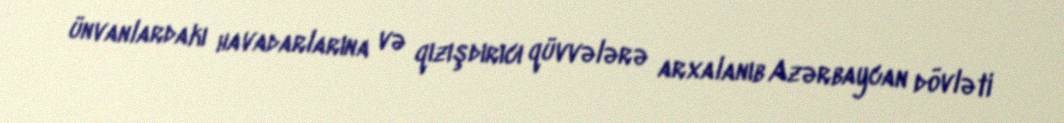
ünvanlardakı havadarlarına və qızışdırıcı qüvvələrə arxalanıb Azərbaycan dövləti